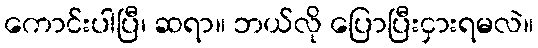
ကောင်းပါပြီ၊ ဆရာ။ ဘယ်လို ပြောပြီးငှားရမလဲ။